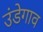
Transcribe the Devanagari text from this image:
उंडेगाव